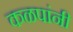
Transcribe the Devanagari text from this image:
कळपांनी